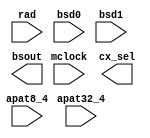
module ded_funshf
    #(parameter BYTES = 4)
    (
     input          mclock,
     `ifdef BYTE16 input [6:0]    rad,  // fifo read address.
     `elsif BYTE8  input [5:0]    rad,  // fifo read address.
     `else         input [4:0]    rad, `endif   // fifo read address.
     input [(BYTES<<3)-1:0]  bsd0,      // data in from fifo_0
     input [(BYTES<<3)-1:0]  bsd1,      // data in from fifo_1
     input          apat8_4,    // Area 8x8 mode.
     input          apat32_4,   // Area 32x32 mode.
     
     output reg [(BYTES<<3)-1:0]        bsout,  // funnel shifter output.
     output     [BYTES-1:0]             cx_sel  // color expand data
     );
  
  `ifdef BYTE16 reg [6:0]           rad_1, rad_d;       // fifo read address.
  `elsif BYTE8  reg  [5:0]          rad_1, rad_d;       // fifo read address.
  `else         reg  [4:0]          rad_1, rad_d; `endif// fifo read address.

  reg [(BYTES<<4)-1:0]      bsin;               // data in from fifo.
  reg [31:0]        bpck_dat;
  reg [4:0]         cx_rad;
  
  wire [1:0]        n_a32_rad;
  wire [1:0]        a32_rad;
  wire [3:0]        bso_sel;

  wire [127:0]      bs1;
  wire [135:0]      bs2;
  wire [151:0]      bs4;
  wire [183:0]      bs8;

  wire [BYTES-1:0]     cx1;
  wire [BYTES:0]       cx2;
  wire [BYTES+2:0]     cx4;
  wire [BYTES+6:0]     cx8;
  wire [BYTES+14:0]    cx16;

  /************************************************************************/
  // The RAD value needs to be delayed one clock. This is due to the new Rams
  // which has everything delayed one cycle
  always @(posedge mclock) begin
    rad_1 <= rad;
    rad_d <= rad_1;
    bsin  <= {bsd1,bsd0};
  end

  /************************************************************************/
  /*                    BYTE ADDRESSING                         */
  /************************************************************************/
  assign n_a32_rad = {2{~apat32_4}} & rad_d[4:3];



        `ifdef BYTE16
                assign bso_sel = {rad_d[6:5],n_a32_rad};
  always @*
    bsout = bs1;
                assign bs1 = bso_sel[0] ? bs2[135:8] : bs2[127:0];
                assign bs2 = bso_sel[1] ? bs4[151:16] : bs4[135:0];
                assign bs4 = bso_sel[2] ? bs8[183:32] : bs8[151:0];
                assign bs8 = bso_sel[3] ? bsin[247:64] : bsin[183:0];
        `endif

        `ifdef BYTE8
  always @*
    case ({rad_d[5],n_a32_rad})
      3'h0: bsout = bsin[63:0];
      3'h1: bsout = bsin[71:8];
      3'h2: bsout = bsin[79:16];
      3'h3: bsout = bsin[87:24];
      3'h4: bsout = bsin[95:32];
      3'h5: bsout = bsin[103:40];
      3'h6: bsout = bsin[111:48];
      3'h7: bsout = bsin[119:56];
    endcase
        `endif
  
        `ifdef BYTE4
  always @*
    case (n_a32_rad)
      2'h0: bsout = bsin[31:0];
      2'h1: bsout = bsin[39:8];
      2'h2: bsout = bsin[47:16];
      2'h3: bsout = bsin[55:24];
    endcase
        `endif

  /************************************************************************/
  /*                    Packed one bit per pixel mux                      */
  /************************************************************************/

assign a32_rad = {2{apat32_4}} & rad_d[4:3];

  // FB: added to increase MC clock speed
  always @(posedge mclock) begin
    bpck_dat <= (apat8_4) ? {4{bsout[7:0]}} : bsout[31:0];
    cx_rad   <= {a32_rad, rad_d[2:0]};
  end

        `ifdef BYTE16
                assign cx_sel = cx1;
                assign cx1  = cx_rad[0] ? cx2[16:1] :  cx2[15:0];
                assign cx2  = cx_rad[1] ? cx4[18:2] :  cx4[16:0];
                assign cx4  = cx_rad[2] ? cx8[22:4] :  cx8[18:0];
                assign cx8  = cx_rad[3] ? cx16[30:8] : cx16[22:0];
                assign cx16 = cx_rad[4] ? {bpck_dat[14:0],bpck_dat[31:16]} : bpck_dat[30:0];
        `endif
                
        `ifdef BYTE8
                assign cx_sel = cx1;
                assign cx1  = cx_rad[0] ?  cx2[8:1] :  cx2[7:0];
                assign cx2  = cx_rad[1] ?  cx4[10:2] :  cx4[8:0];
                assign cx4  = cx_rad[2] ?  cx8[14:4] :  cx8[10:0];
                assign cx8  = cx_rad[3] ? cx16[22:8] : cx16[14:0];
                assign cx16 = cx_rad[4] ? {bpck_dat[6:0],bpck_dat[31:16]} : bpck_dat[22:0];
        `endif

        `ifdef BYTE4
                assign cx_sel = cx1;
                assign cx1  = cx_rad[0] ?  cx2[4:1] :  cx2[3:0];
                assign cx2  = cx_rad[1] ?  cx4[6:2] :  cx4[4:0];
                assign cx4  = cx_rad[2] ?  cx8[10:4] :  cx8[6:0];
                assign cx8  = cx_rad[3] ? cx16[18:8] : cx16[10:0];
                assign cx16 = cx_rad[4] ? {bpck_dat[3:0],bpck_dat[31:16]} : bpck_dat[18:0];
        `endif

endmodule